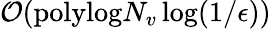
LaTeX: \mathcal{O}(\mathrm{polylog}N_{v}\log(1/\epsilon))